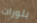
بلورات